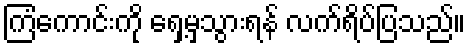
ကြံကောင်းကို ရှေ့မှသွားရန် လက်ရိပ်ပြသည်။